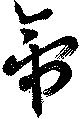
帝